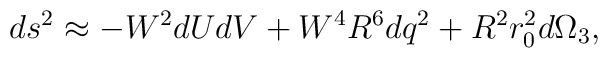
ds^2 \approx -W^2 dU dV + W^4 R^6 dq^2 + R^2 r_0^2 d\Omega_3,